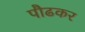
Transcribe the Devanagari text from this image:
पौढकर